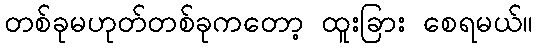
တစ်ခုမဟုတ်တစ်ခုကတော့ ထူးခြား စေရမယ်။